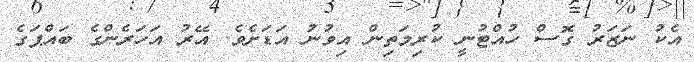
އެކު ނަޒަރު ގޮސް ހުއްޓުނީ ކުރިމަތިން އިވުނު އަޑަށެވެ. އޭރު އަހަރެންގެ ބައްޕަގެ